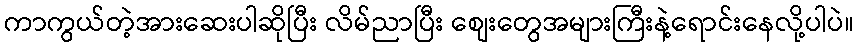
ကာကွယ်တဲ့အားဆေးပါဆိုပြီး လိမ်ညာပြီး စျေးတွေအများကြီးနဲ့ရောင်းနေလို့ပါပဲ။